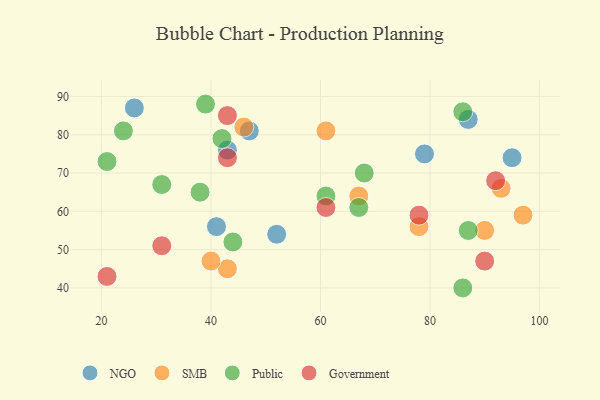
{"axis": {"x": "GDP", "y": "Life Expectancy"}, "legend": ["Government", "NGO", "Public", "SMB"], "data": [{"x": "26", "y": 87, "type": "NGO"}, {"x": "79", "y": 75, "type": "NGO"}, {"x": "87", "y": 84, "type": "NGO"}, {"x": "52", "y": 54, "type": "NGO"}, {"x": "43", "y": 76, "type": "NGO"}, {"x": "41", "y": 56, "type": "NGO"}, {"x": "47", "y": 81, "type": "NGO"}, {"x": "95", "y": 74, "type": "NGO"}, {"x": "43", "y": 45, "type": "SMB"}, {"x": "78", "y": 56, "type": "SMB"}, {"x": "61", "y": 81, "type": "SMB"}, {"x": "46", "y": 82, "type": "SMB"}, {"x": "67", "y": 64, "type": "SMB"}, {"x": "90", "y": 55, "type": "SMB"}, {"x": "40", "y": 47, "type": "SMB"}, {"x": "97", "y": 59, "type": "SMB"}, {"x": "93", "y": 66, "type": "SMB"}, {"x": "86", "y": 86, "type": "Public"}, {"x": "31", "y": 67, "type": "Public"}, {"x": "42", "y": 79, "type": "Public"}, {"x": "24", "y": 81, "type": "Public"}, {"x": "67", "y": 61, "type": "Public"}, {"x": "68", "y": 70, "type": "Public"}, {"x": "86", "y": 40, "type": "Public"}, {"x": "38", "y": 65, "type": "Public"}, {"x": "21", "y": 73, "type": "Public"}, {"x": "44", "y": 52, "type": "Public"}, {"x": "87", "y": 55, "type": "Public"}, {"x": "61", "y": 64, "type": "Public"}, {"x": "39", "y": 88, "type": "Public"}, {"x": "61", "y": 61, "type": "Government"}, {"x": "31", "y": 51, "type": "Government"}, {"x": "78", "y": 59, "type": "Government"}, {"x": "21", "y": 43, "type": "Government"}, {"x": "92", "y": 68, "type": "Government"}, {"x": "43", "y": 85, "type": "Government"}, {"x": "90", "y": 47, "type": "Government"}, {"x": "43", "y": 74, "type": "Government"}]}